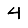
Digit: 4